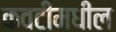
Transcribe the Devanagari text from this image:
कवटीमधील